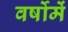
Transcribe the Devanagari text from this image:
वर्षोमें